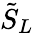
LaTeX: \tilde{S}_{L}